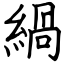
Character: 緺